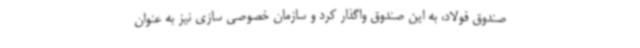
صندوق فولاد، به این صندوق واگذار کرد و سازمان خصوصی سازی نیز به عنوان